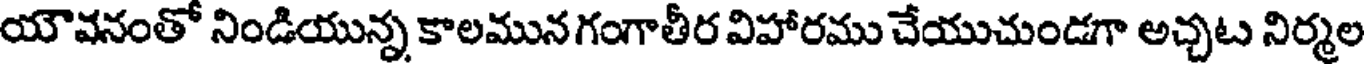
యౌవనంతో నిండియున్న కాలమున గంగాతీర విహారము చేయుచుండగా అచ్చట నిర్మల